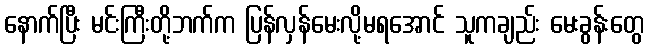
နောက်ပြီး မင်းကြီးတို့ဘက်က ပြန်လှန်မေးလို့မရအောင် သူကချည်း မေးခွန်းတွေ